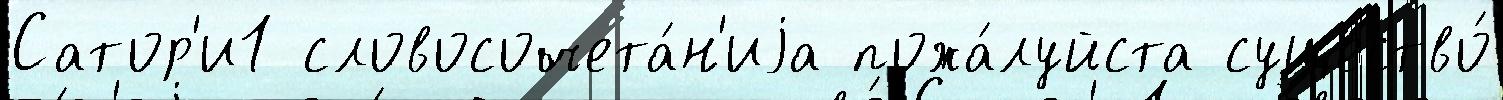
Сатор'и1 словосочета́н'иjа пожа́луйста существо́